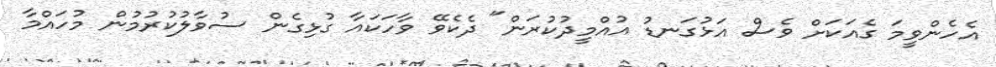
އެހެންވީމަ ގެއަކަށް ވެސް އަޅުގަނޑު އުއްމީދުކުރަން" ދެކެވޭ ވާހަކައާ ގުޅިގެން ސުވާލުކުރުމުން މުހައްމާ